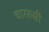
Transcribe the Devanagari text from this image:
चाररुसी